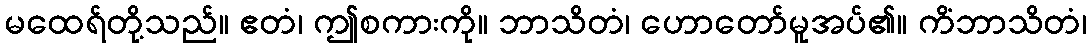
မထေရ်တို့သည်။ ဧတံ၊ ဤစကားကို။ ဘာသိတံ၊ ဟောတော်မူအပ်၏။ ကိံဘာသိတံ၊